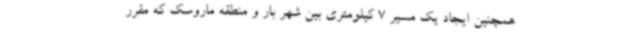
همچنین ایجاد یک مسیر 7 کیلومتری بین شهر بار و منطقه ماروسک که مقرر